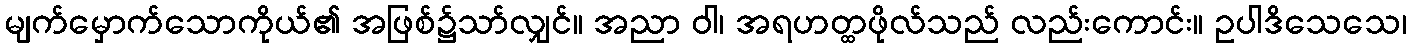
မျက်မှောက်သောကိုယ်၏ အဖြစ်၌သာ်လျှင်။ အညာ ဝါ၊ အရဟတ္ထဖိုလ်သည် လည်းကောင်း။ ဥပါဒိသေသေ၊